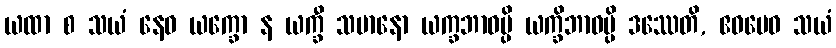
ယထာ စ သယံ နေဝ ယက္ခော န ယက္ခီ သမာနော ယက္ခဘာဝမ္ပိ ယက္ခိဘာဝမ္ပိ ဒဿေတိ, ဧဝမေဝ သယံ